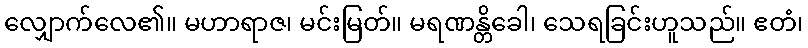
လျှောက်လေ၏။ မဟာရာဇ၊ မင်းမြတ်။ မရဏန္တိခေါ၊ သေရခြင်းဟူသည်။ ဧတံ၊